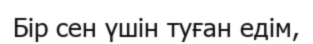
Бір сен үшін туған едім,